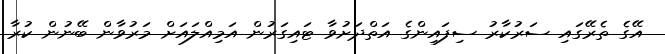
އޭގެ ތެރޭގައި ސަރުކާރު ސިފައިންގެ އަތްދަށުވާ ޓައިގަރުން އަމިއްލައަށް މަރުވާން ބޭނުން ކުރާ